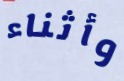
وأثناء